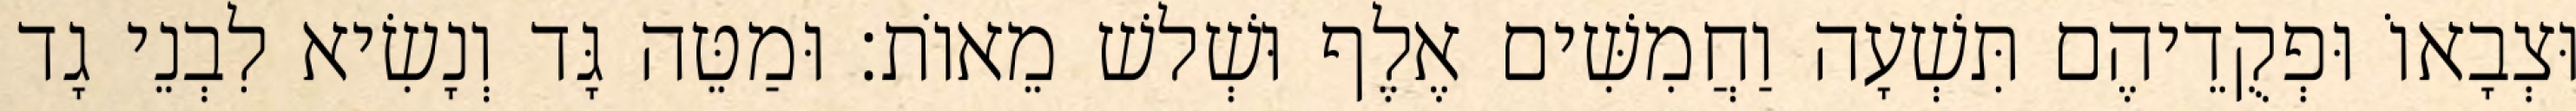
וּצְבָאוֹ וּפְקֻדֵיהֶם תִּשְׁעָה וַחֲמִשִּׁים אֶלֶף וּשְׁלשׁ מֵאוֹת׃ וּמַטֵּה גָּד וְנָשִׂיא לִבְנֵי גָד